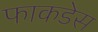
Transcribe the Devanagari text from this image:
फाकडेस